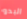
البدو